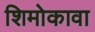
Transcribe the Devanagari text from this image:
शिमोकावा